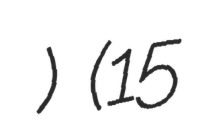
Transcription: سلطان البرقان) (15